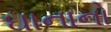
ઘાનાનો